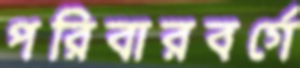
পরিবারবর্গে